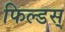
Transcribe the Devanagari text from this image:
फिल्डस्